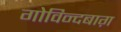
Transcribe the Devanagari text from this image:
गोविन्दबाग़